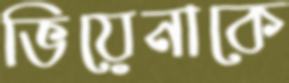
ভিয়েনাকে